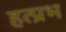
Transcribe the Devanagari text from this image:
हत्प्रभ